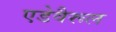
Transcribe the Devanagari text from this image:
एडेवैरूल